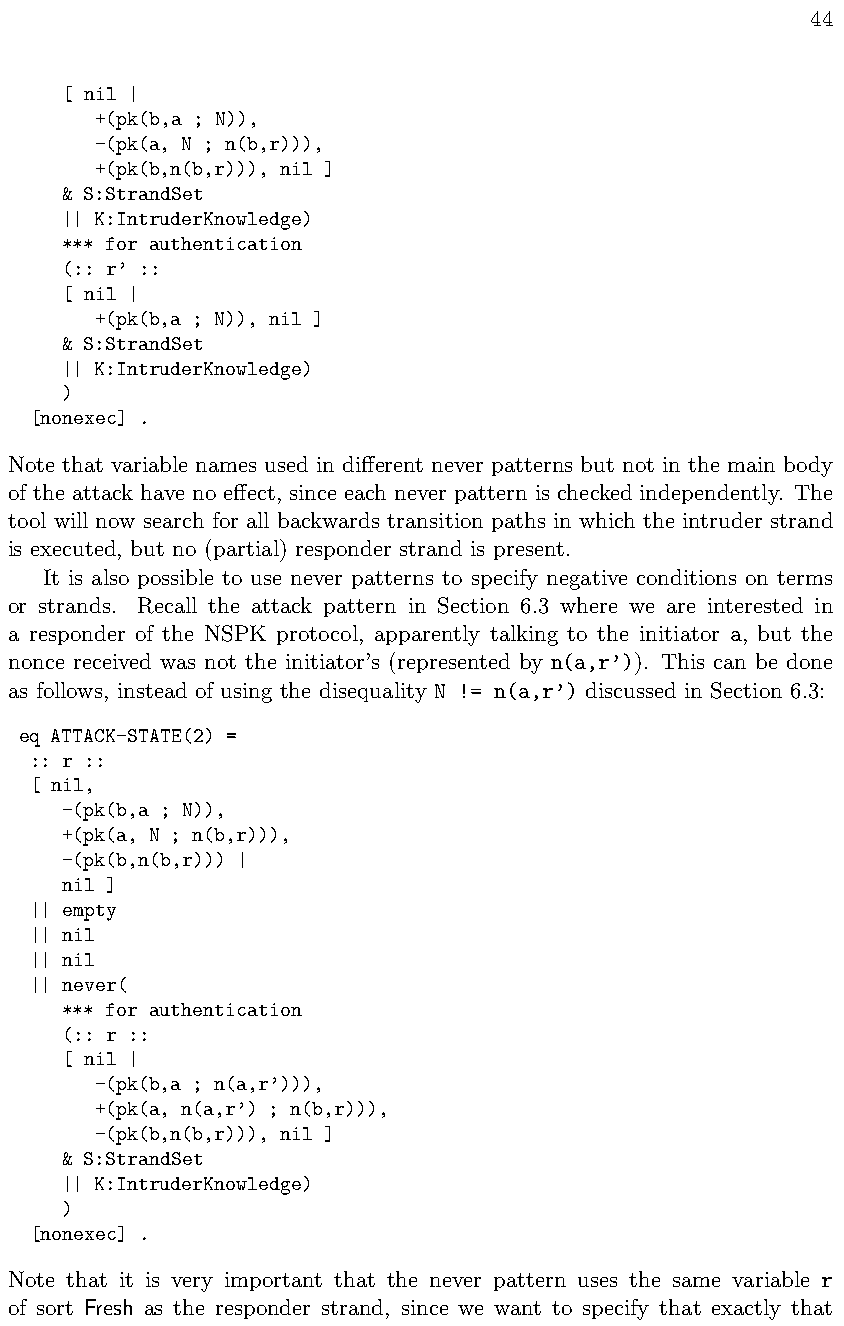
44
 [ nil |
 +(pk(b,a ; N)),
 -(pk(a, N ; n(b,r))),
 +(pk(b,n(b,r))), nil ]
 & S:StrandSet
 || K:IntruderKnowledge)
 *** for authentication
 (:: r’ ::
 [ nil |
 +(pk(b,a ; N)), nil ]
 & S:StrandSet
 || K:IntruderKnowledge)
 )
 [nonexec] .
 Note that variable names used in di↵erent never patterns but not in the main body
 of the attack have no e↵ect, since each never pattern is checked independently. The
 tool will now search for all backwards transition paths in which the intruder strand
 is executed, but no (partial) responder strand is present.
 It is also possible to use never patterns to specify negative conditions on terms
 or strands. Recall the attack pattern in Section 6.3 where we are interested in
 a responder of the NSPK protocol, apparently talking to the initiator a, but the
 nonce received was not the initiator’s (represented by n(a,r’)). This can be done
 as follows, instead of using the disequality N != n(a,r’) discussed in Section 6.3:
 eq ATTACK-STATE(2) =
 :: r ::
 [ nil,
 -(pk(b,a ; N)),
 +(pk(a, N ; n(b,r))),
 -(pk(b,n(b,r))) |
 nil ]
 || empty
 || nil
 || nil
 || never(
 *** for authentication
 (:: r ::
 [ nil |
 -(pk(b,a ; n(a,r’))),
 +(pk(a, n(a,r’) ; n(b,r))),
 -(pk(b,n(b,r))), nil ]
 & S:StrandSet
 || K:IntruderKnowledge)
 )
 [nonexec] .
 Note that it is very important that the never pattern uses the same variable r
 of sort Fresh as the responder strand, since we want to specify that exactly that